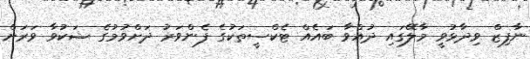
ނާފިޒް ވިދާޅުވީ މާލޭގައި ދުއްވާ ބައެއް ޓެކްސީތަކުގެ ފެންވަރު ދަށްވުމުގެ ޝަކުވާ ވަރަށް